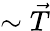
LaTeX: \sim\vec{T}